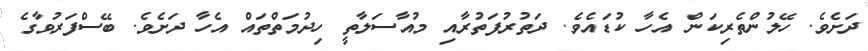
ދަށެވެ. ހޭލުންތެރިކަން އެހާ ކުޑައެވެ. ދަތުރުފަތުރާއި މުއާސަލާތީ ހިދުމަތްތައް އެހާ ދަށެވެ. ބޭސްފަރުވާގެ